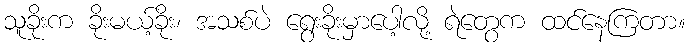
သူခိုးက ခိုးမယ့်ခိုး၊ အသစ်ပဲ ရွေးခိုးမှာပေါ့လို့ ရဲတွေက ထင်နေကြတာ။